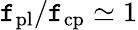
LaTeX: \mathtt{f}_{\mathrm{{pl}}}/\mathtt{f}_{\mathrm{{cp}}}\simeq1